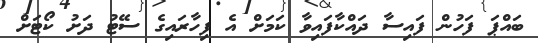
ބައްޕަ ފަހުން ފައިސާ ދައްކާފައިވާ ކަމަށް އެ ފިހާރައިގެ ސޭޓު ދަށު ކޯޓަށް